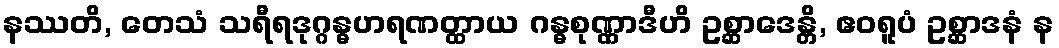
နဿတိ, တေသံ သရီရဒုဂ္ဂန္ဓဟရဏတ္ထာယ ဂန္ဓစုဏ္ဏာဒီဟိ ဥစ္ဆာဒေန္တိ, ဧဝရူပံ ဥစ္ဆာဒနံ န